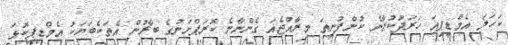
ކަހަލަ އެމްޑީޕިއަ ހަރަދުކުރާނެ ކުންފުނިތަ މިރާއްޖެއަ ގެންނާނެ ކޮރަޕްށަނުގެ ބާރުން އެތަކެބަޔަކު އެމްޑިޕިކޮޅަ